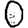
Digit: 0